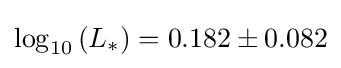
\log _{10}{(L_{\ast })}=0.182\pm 0.082